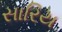
સારિય